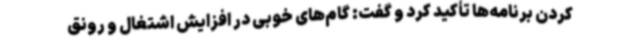
کردن برنامه‌ها تأکید کرد و گفت: گام‌های خوبی در افزایش اشتغال و رونق